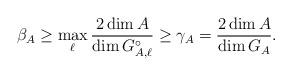
LaTeX: \begin{align*}\beta_A \geq \max_\ell \frac{ 2 \dim A}{\dim G_{A,\ell}^\circ } \geq \gamma_A = \frac{ 2 \dim A}{\dim G_{A} }.\end{align*}